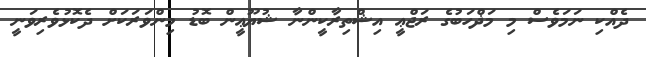
ދެއްކި ނަމަވެސް މި މަޛްހަބުގެ ރަޖްޢީ އިޝްތިރާކީންނާ ޝުޔޫޢީން ބޮޑު މިންވަރަކަށް ދެކޮޅުވެރިވަނީ